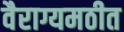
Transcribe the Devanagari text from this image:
वैराग्यमठीत